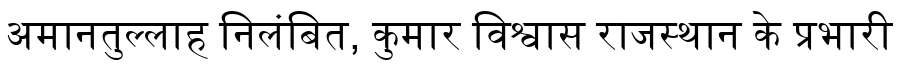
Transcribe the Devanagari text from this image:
अमानतुल्लाह निलंबित, कुमार विश्वास राजस्थान के प्रभारी